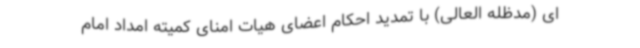
ای (مدظله العالی) با تمدید احکام اعضای هیات امنای کمیته امداد امام